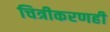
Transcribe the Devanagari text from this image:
चित्रीकरणही